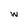
Character: w